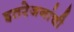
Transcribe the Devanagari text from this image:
इतरेजनांची